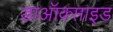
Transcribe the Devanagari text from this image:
डाऑक्साइड